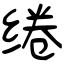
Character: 绻